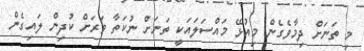
މި ތަނަށް ދިމާވެގެން މިއުޅޭ މައްސަލައަކީ ތަނަށް ނުކަތާ ވަރަށް ކުދިން ލައިގެން